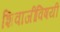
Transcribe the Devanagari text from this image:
शिवाजींविषयी